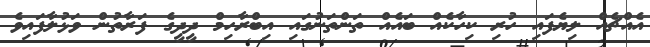
އެއްޗެއް ލިޔެފައި ހުރި ކިހާކެއް ބައެއް ތަންތަނުގައި އިބްރާހިމް ދީދީގެ ފަރާތުން ވަޅުލާފައިވެ